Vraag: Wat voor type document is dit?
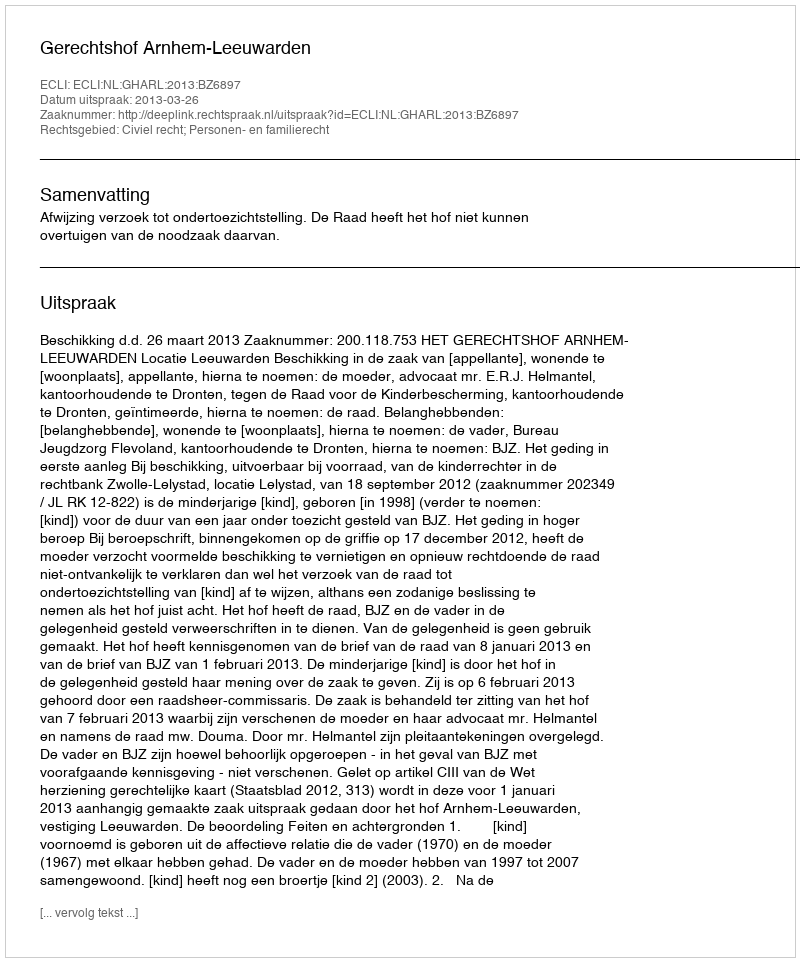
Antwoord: Uitspraak